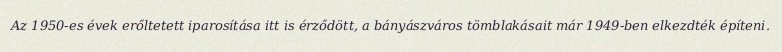
Az 1950-es évek erőltetett iparosítása itt is érződött, a bányászváros tömblakásait már 1949-ben elkezdték építeni.